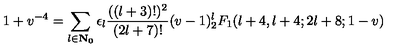
1 + v ^ { - 4 } = \sum _ { l \in \bf { N } _ { 0 } } \epsilon _ { l } \frac { ( ( l + 3 ) ! ) ^ { 2 } } { ( 2 l + 7 ) ! } ( v - 1 ) ^ { l } _ { 2 } F _ { 1 } ( l + 4 , l + 4 ; 2 l + 8 ; 1 - v )